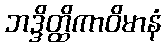
ဘဒ္ဒိတ္ထိကာဝိမာနံ